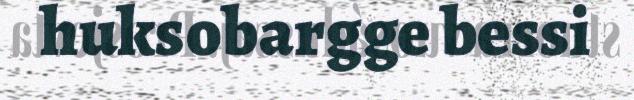
huksobargge bessi